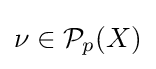
\nu \in {\mathcal {P}}_{p}(X)